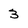
Character: 3